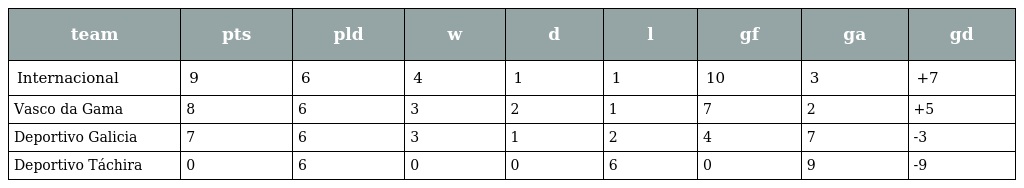
| team | pts | pld | w | d | l | gf | ga | gd |
 | --- | --- | --- | --- | --- | --- | --- | --- | --- |
 | Internacional | 9 | 6 | 4 | 1 | 1 | 10 | 3 | +7 |
 | Vasco da Gama | 8 | 6 | 3 | 2 | 1 | 7 | 2 | +5 |
 | Deportivo Galicia | 7 | 6 | 3 | 1 | 2 | 4 | 7 | -3 |
 | Deportivo Táchira | 0 | 6 | 0 | 0 | 6 | 0 | 9 | -9 |